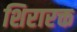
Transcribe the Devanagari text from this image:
शिरारक्त